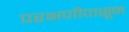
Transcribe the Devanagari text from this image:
परभणीपासून